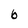
Character: 6